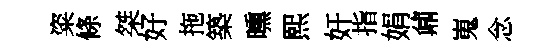
粢條桀好拖築曛熙奸指娟鼐嵬念